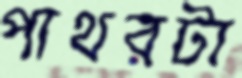
পাথরটা